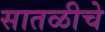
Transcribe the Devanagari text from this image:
सातळीचे